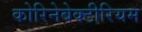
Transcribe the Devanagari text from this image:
कोरिनेबेक्टीरियम